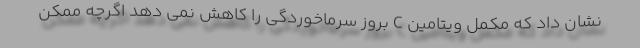
نشان داد که مکمل ویتامین C بروز سرماخوردگی را کاهش نمی دهد اگرچه ممکن